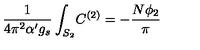
\frac { 1 } { 4 \pi ^ { 2 } \alpha ^ { \prime } g _ { s } } \int _ { S _ { 2 } } \! C ^ { ( 2 ) } = - \frac { N \phi _ { 2 } } { \pi }